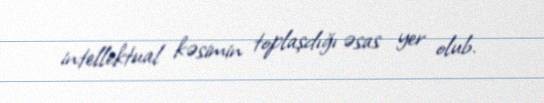
intellektual kəsimin toplaşdığı əsas yer olub.